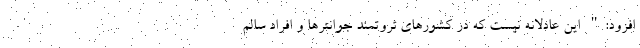
افزود:" این عادلانه نیست که در کشورهای ثروتمند جوانترها و افراد سالم